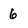
Character: 6